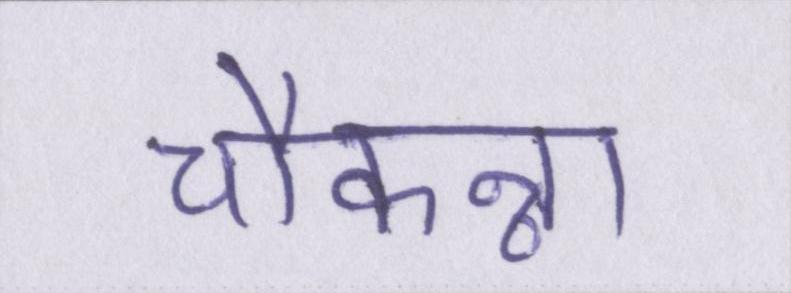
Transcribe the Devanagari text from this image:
चौकन्ना